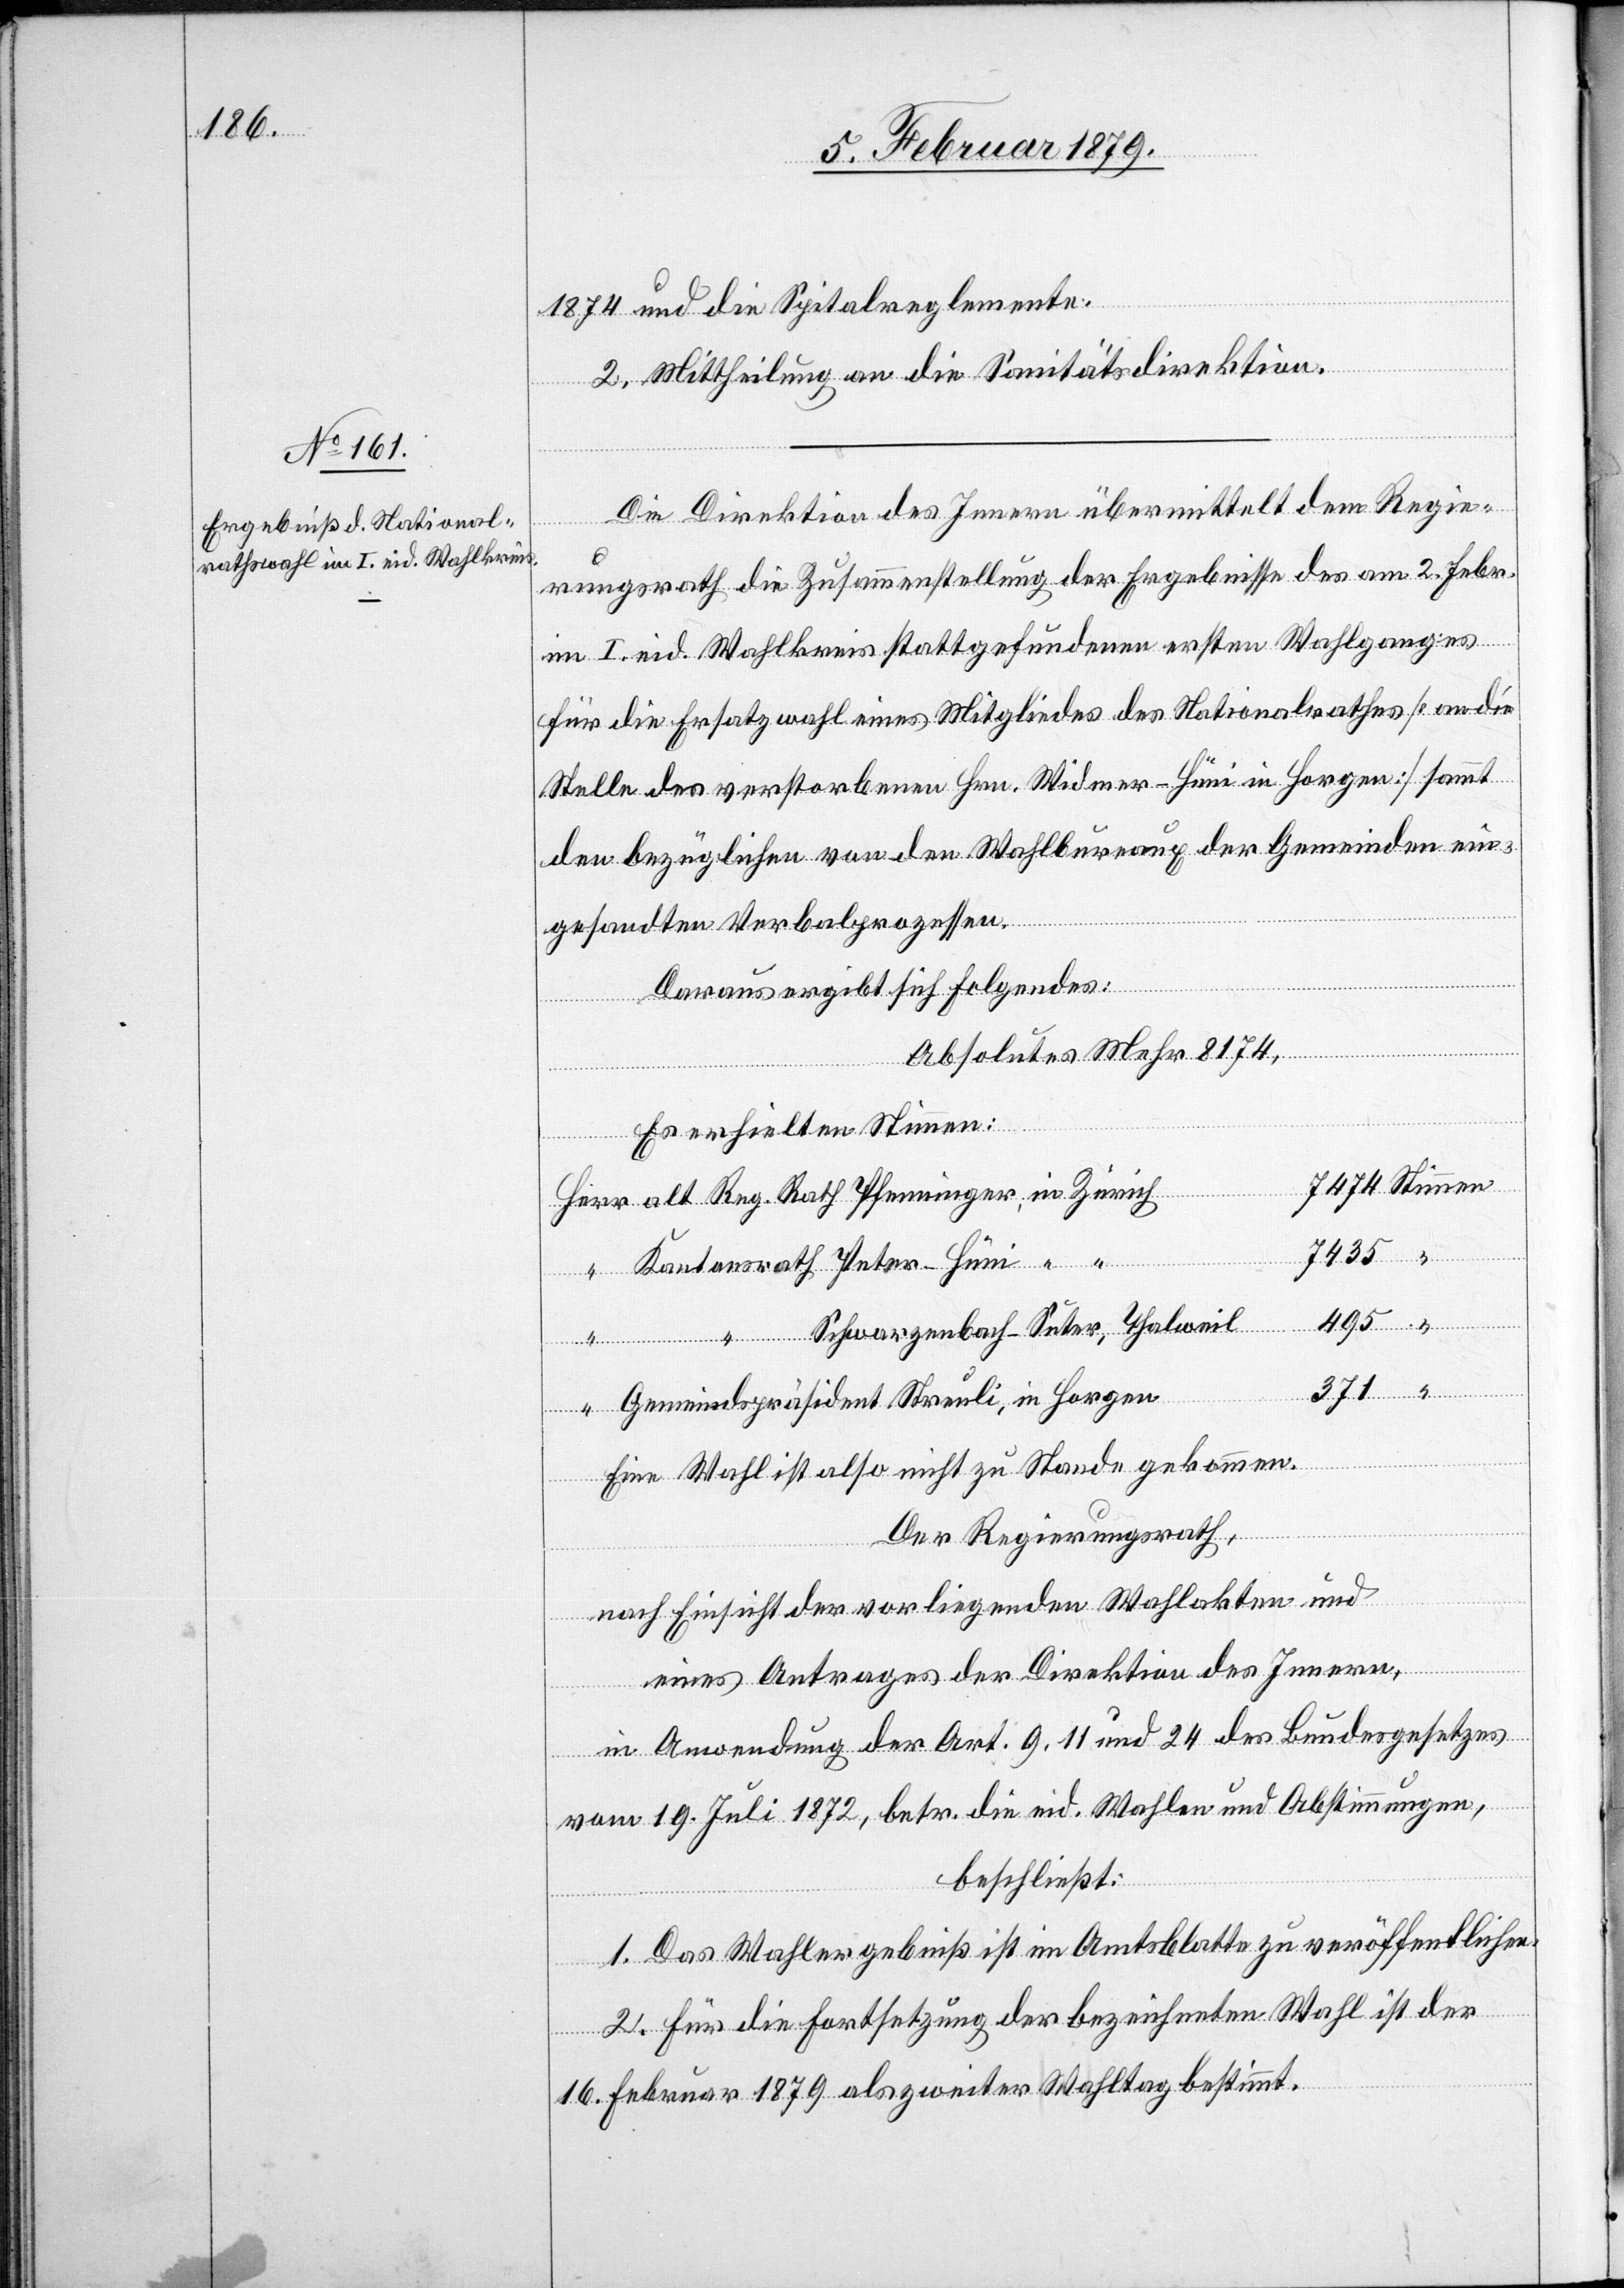
1874 und die Spitalreglemente.
2. Mittheilung an die Sanitätsdirektion.
Die Direktion des Innern übermittelt dem Regie¬
“
rungsrath die Zusammenstellung der Ergebnisse des am 2. Febr.
im I. eid. Wahlkreis stattgefundenen Wahlganges für die
Stelle des verstorbenen Hrn. Widmer-Hüni in Horgen] sammt
den bezüglichen von den Wahlbureaux der Gemeinden ei¬
gesandten Verbalprozessen.
Daraus ergibt sich Folgendes:
Horgen
Absolutes Mehr 8174,
Es erhielten Stimmen:
7435
495
“
371
Gemeindsprä¬
Eine Wahl ist also nicht zu Stande gekommen.
Der Regierungsrath,
nach Einsicht der vorliegenden Wahlakten und
eines Antrages der Direktion des Innern,
in Anwendung der Art. 9, 11 und 24 des Bundesgesetzes
vom 19. Juli 1872, betr. die eid. Wahlen und Abstimmungen,
beschließt:
1. Das Wahlergebniß ist im Amtsblatte zu veröffentlichen.
2. Für die Fortsetzung der bezeichneten Wahl ist der
16. Februar°1879 als zweiter Wahltag bestimmt.